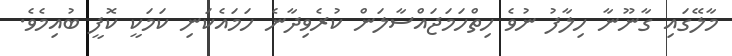
މާލޭގައި ގާނޫނާ ހިލާފު ނުވެ ހިތްހަމަޖައްސާލަން ކުރެވިދާނެ ހަމައެކަނި ކަމަކީ ކޮފީ ބުއިމެވެ.